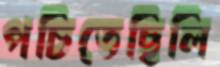
পচিতেছিলি